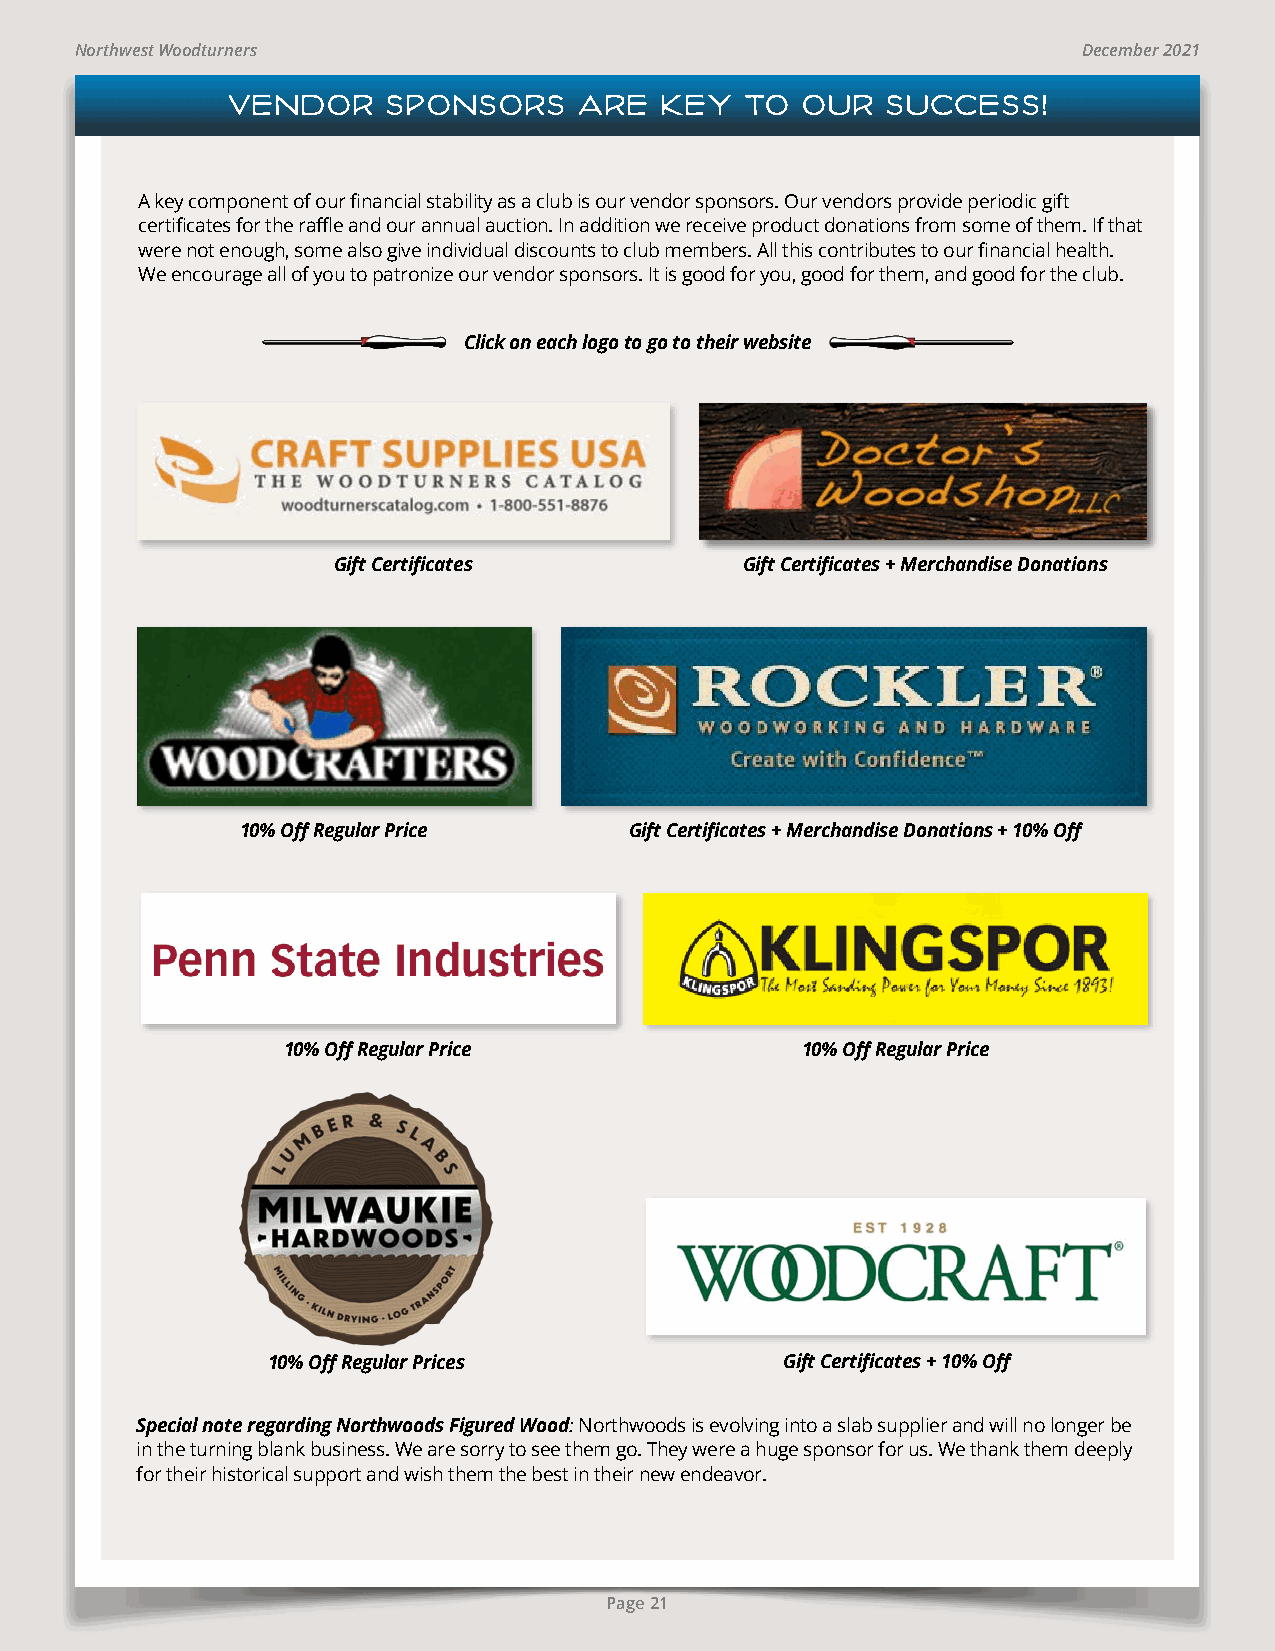
Northwest Woodturners                                              December 2021
 VENDOR     SPONSORS    ARE   KEY  TO  OUR   SUCCESS!
 A key component of our financial stability as a club is our vendor sponsors. Our vendors provide periodic gift
 certificates for the raffle and our annual auction. In addition we receive product donations from some of them. If that
 were not enough, some also give individual discounts to club members. All this contributes to our financial health.
 We encourage all of you to patronize our vendor sponsors. It is good for you, good for them, and good for the club.
 Click on each logo to go to their website
 link        link       link             link        link
 Gift Certificates          Gift Certificates + Merchandise Donations
 link       link             link       link        link
 10% Off Regular Price     Gift Certificates + Merchandise Donations + 10% Off
 link        link                 link         link
 10% Off Regular Price             10% Off Regular Price
 link
 link          link
 10% Off Regular Prices            Gift Certificates + 10% Off
 Special note regarding Northwoods Figured Wood: Northwoods is evolving into a slab supplier and will no longer be
 in the turning blank business. We are sorry to see them go. They were a huge sponsor for us. We thank them deeply
 for their historical support and wish them the best in their new endeavor.
 Page 21